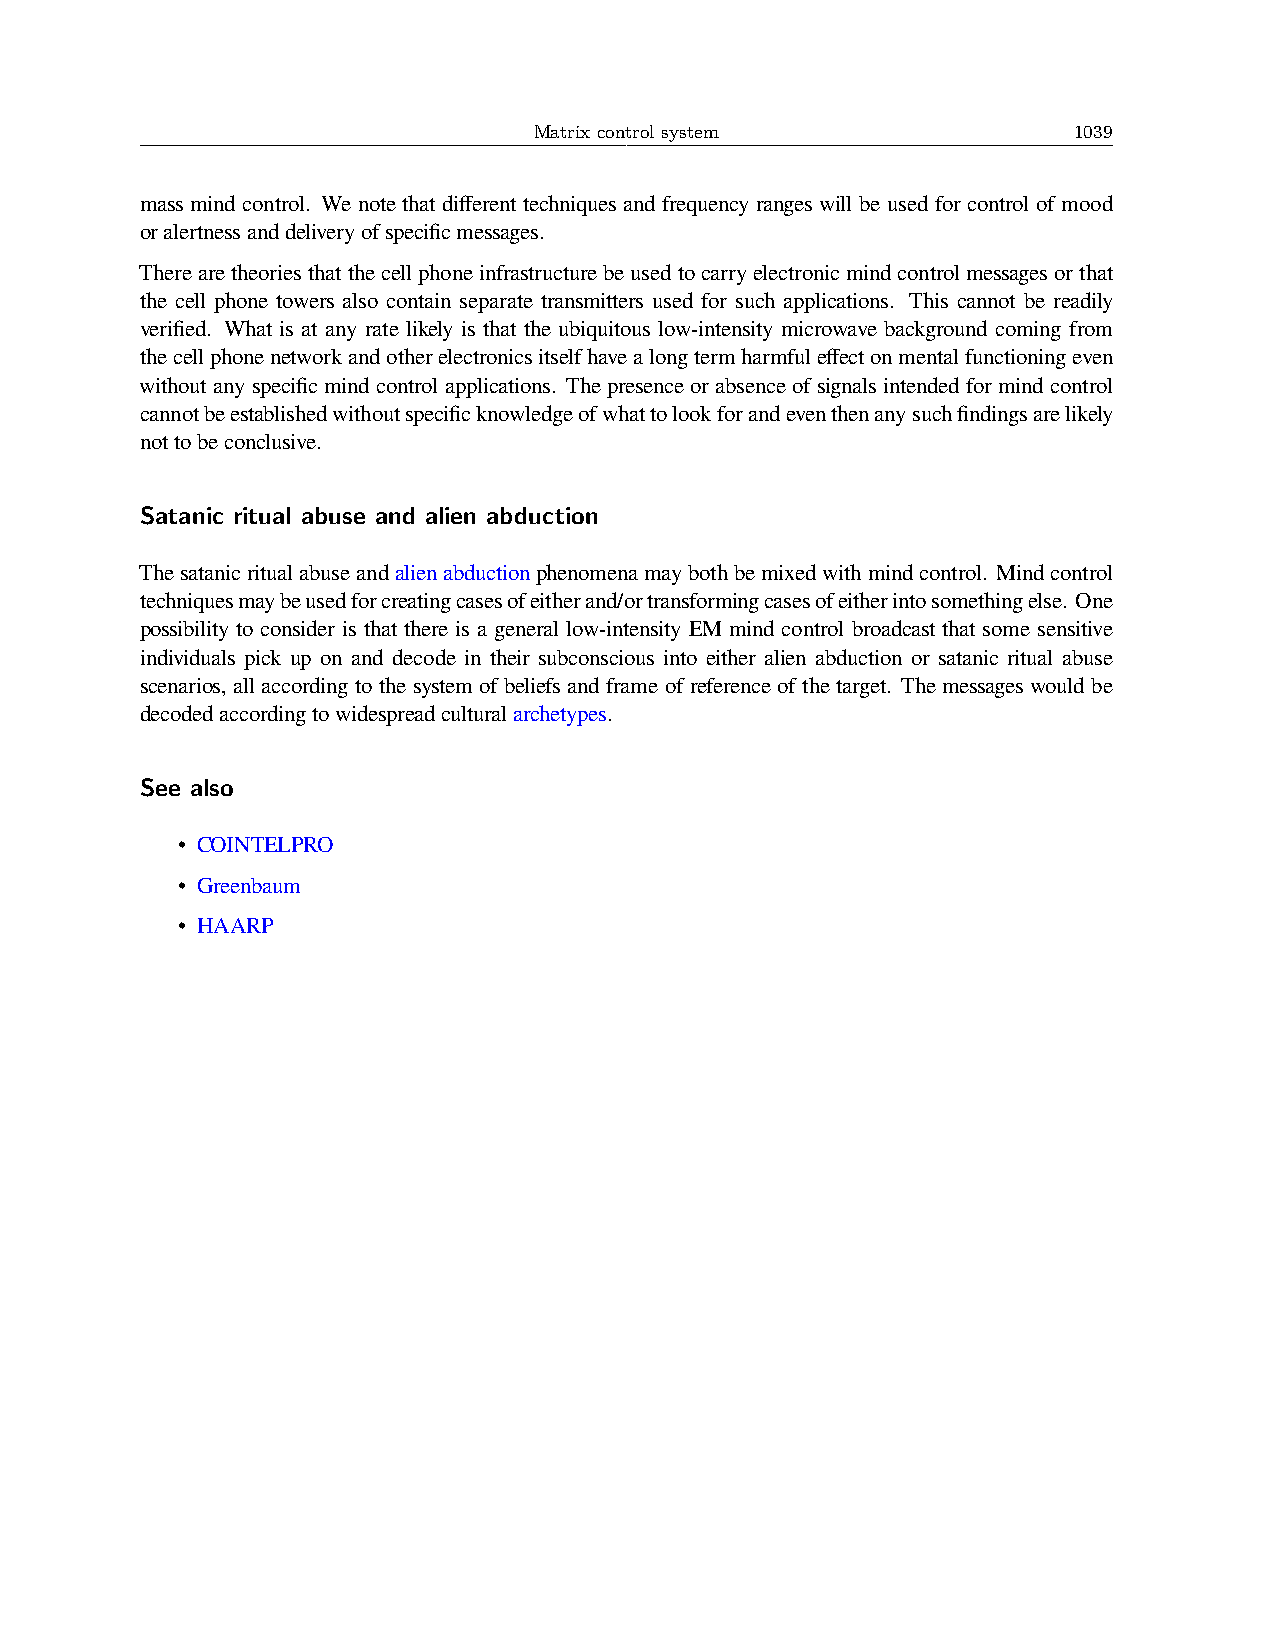
Matrix control system               1039
 mass mind control. We note that different techniques and frequency ranges will be used for control of mood
 oralertnessanddeliveryofspecificmessages.
 Therearetheoriesthatthecellphoneinfrastructurebeusedtocarryelectronicmindcontrolmessagesorthat
 the cell phone towers also contain separate transmitters used for such applications. This cannot be readily
 verified. What is at any rate likely is that the ubiquitous low-intensity microwave background coming from
 thecellphonenetworkandotherelectronicsitselfhavealongtermharmfuleffectonmentalfunctioningeven
 without any specific mind control applications. The presence or absence of signals intended for mind control
 cannotbeestablishedwithoutspecificknowledgeofwhattolookforandeventhenanysuchfindingsarelikely
 nottobeconclusive.
 Satanic ritual abuse and alien abduction
 Thesatanicritualabuseandalienabductionphenomenamaybothbemixedwithmindcontrol. Mindcontrol
 techniquesmaybeusedforcreatingcasesofeitherand/ortransformingcasesofeitherintosomethingelse. One
 possibility to consider is that there is a general low-intensity EM mind control broadcast that some sensitive
 individuals pick up on and decode in their subconscious into either alien abduction or satanic ritual abuse
 scenarios, allaccordingtothesystemofbeliefsandframeofreferenceofthetarget. Themessageswouldbe
 decodedaccordingtowidespreadculturalarchetypes.
 See also
 • COINTELPRO
 • Greenbaum
 • HAARP